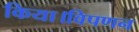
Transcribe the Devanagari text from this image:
किया।विपणन